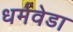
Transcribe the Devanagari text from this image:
धर्मवेडा